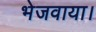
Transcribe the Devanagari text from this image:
भेजवाया।